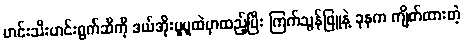
ဟင်းသီးဟင်းရွက်ဆီကို ဒယ်အိုးပူပူထဲမှာထည့်ပြီး ကြက်သွန်ဖြူနဲ့ ခုနက ကျိတ်ထားတဲ့